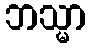
ဘသ္မာ